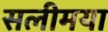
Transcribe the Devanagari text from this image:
सलीमया